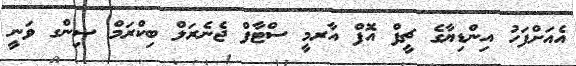
އެއަށްފަހު އިންޑިޔާގެ ޗީފް އޮފް އާރމީ ސްޓާފް ޖެނެރަލް ބިކްރަމް ސިންގ ވަނީ